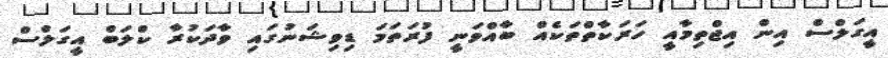
އީގަލްސް އިން އިޖްތިމާއީ ހަރަކާތްތަކެއް ބާއްވަނީ ފުރަތަމަ ޑިވިޝަނުގައި ވާދަކުރާ ކްލަބް އީގަލްސް